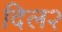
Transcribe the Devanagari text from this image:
दिल२